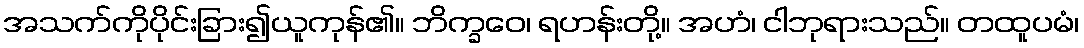
အသက်ကိုပိုင်းခြား၍ယူကုန်၏။ ဘိက္ခဝေ၊ ရဟန်းတို့။ အဟံ၊ ငါဘုရားသည်။ တထူပမံ၊